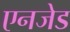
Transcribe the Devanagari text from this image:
एनजेड